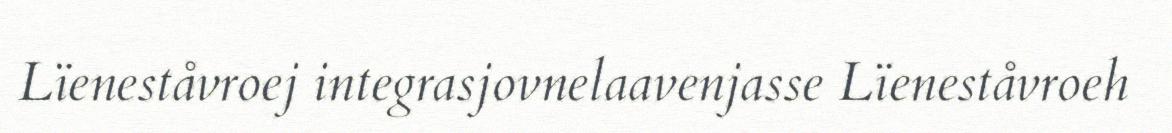
Lïeneståvroej integrasjovnelaavenjasse Lïeneståvroeh